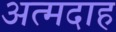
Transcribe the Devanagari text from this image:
अत्मदाह